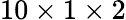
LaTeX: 10\times 1\times 2